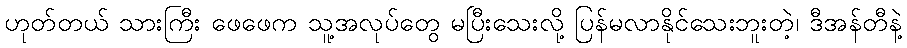
ဟုတ်တယ် သားကြီး ဖေဖေက သူ့အလုပ်တွေ မပြီးသေးလို့ ပြန်မလာနိုင်သေးဘူးတဲ့၊ ဒီအန်တီနဲ့